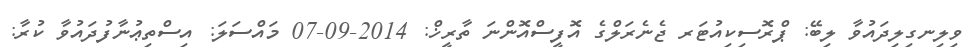
ވިލިނގިލިދައުވާ ލިބޭ: ޕްރޮސިކިއުޓަރ ޖެނެރަލްގެ އޮފީސްއޮންނަ ތާރީޚް: 2014-09-07 މައްސަލަ: އިސްތިޢުނާފުދައުވާ ކުރާ: